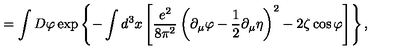
= \int D \varphi \exp \left\{ - \int d ^ { 3 } x \left[ \frac { e ^ { 2 } } { 8 \pi ^ { 2 } } \left( \partial _ { \mu } \varphi - \frac 1 2 \partial _ { \mu } \eta \right) ^ { 2 } - 2 \zeta \cos \varphi \right] \right\} ,